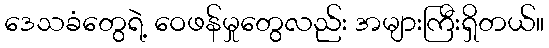
ဒေသခံတွေရဲ့ ဝေဖန်မှုတွေလည်း အများကြီးရှိတယ်။